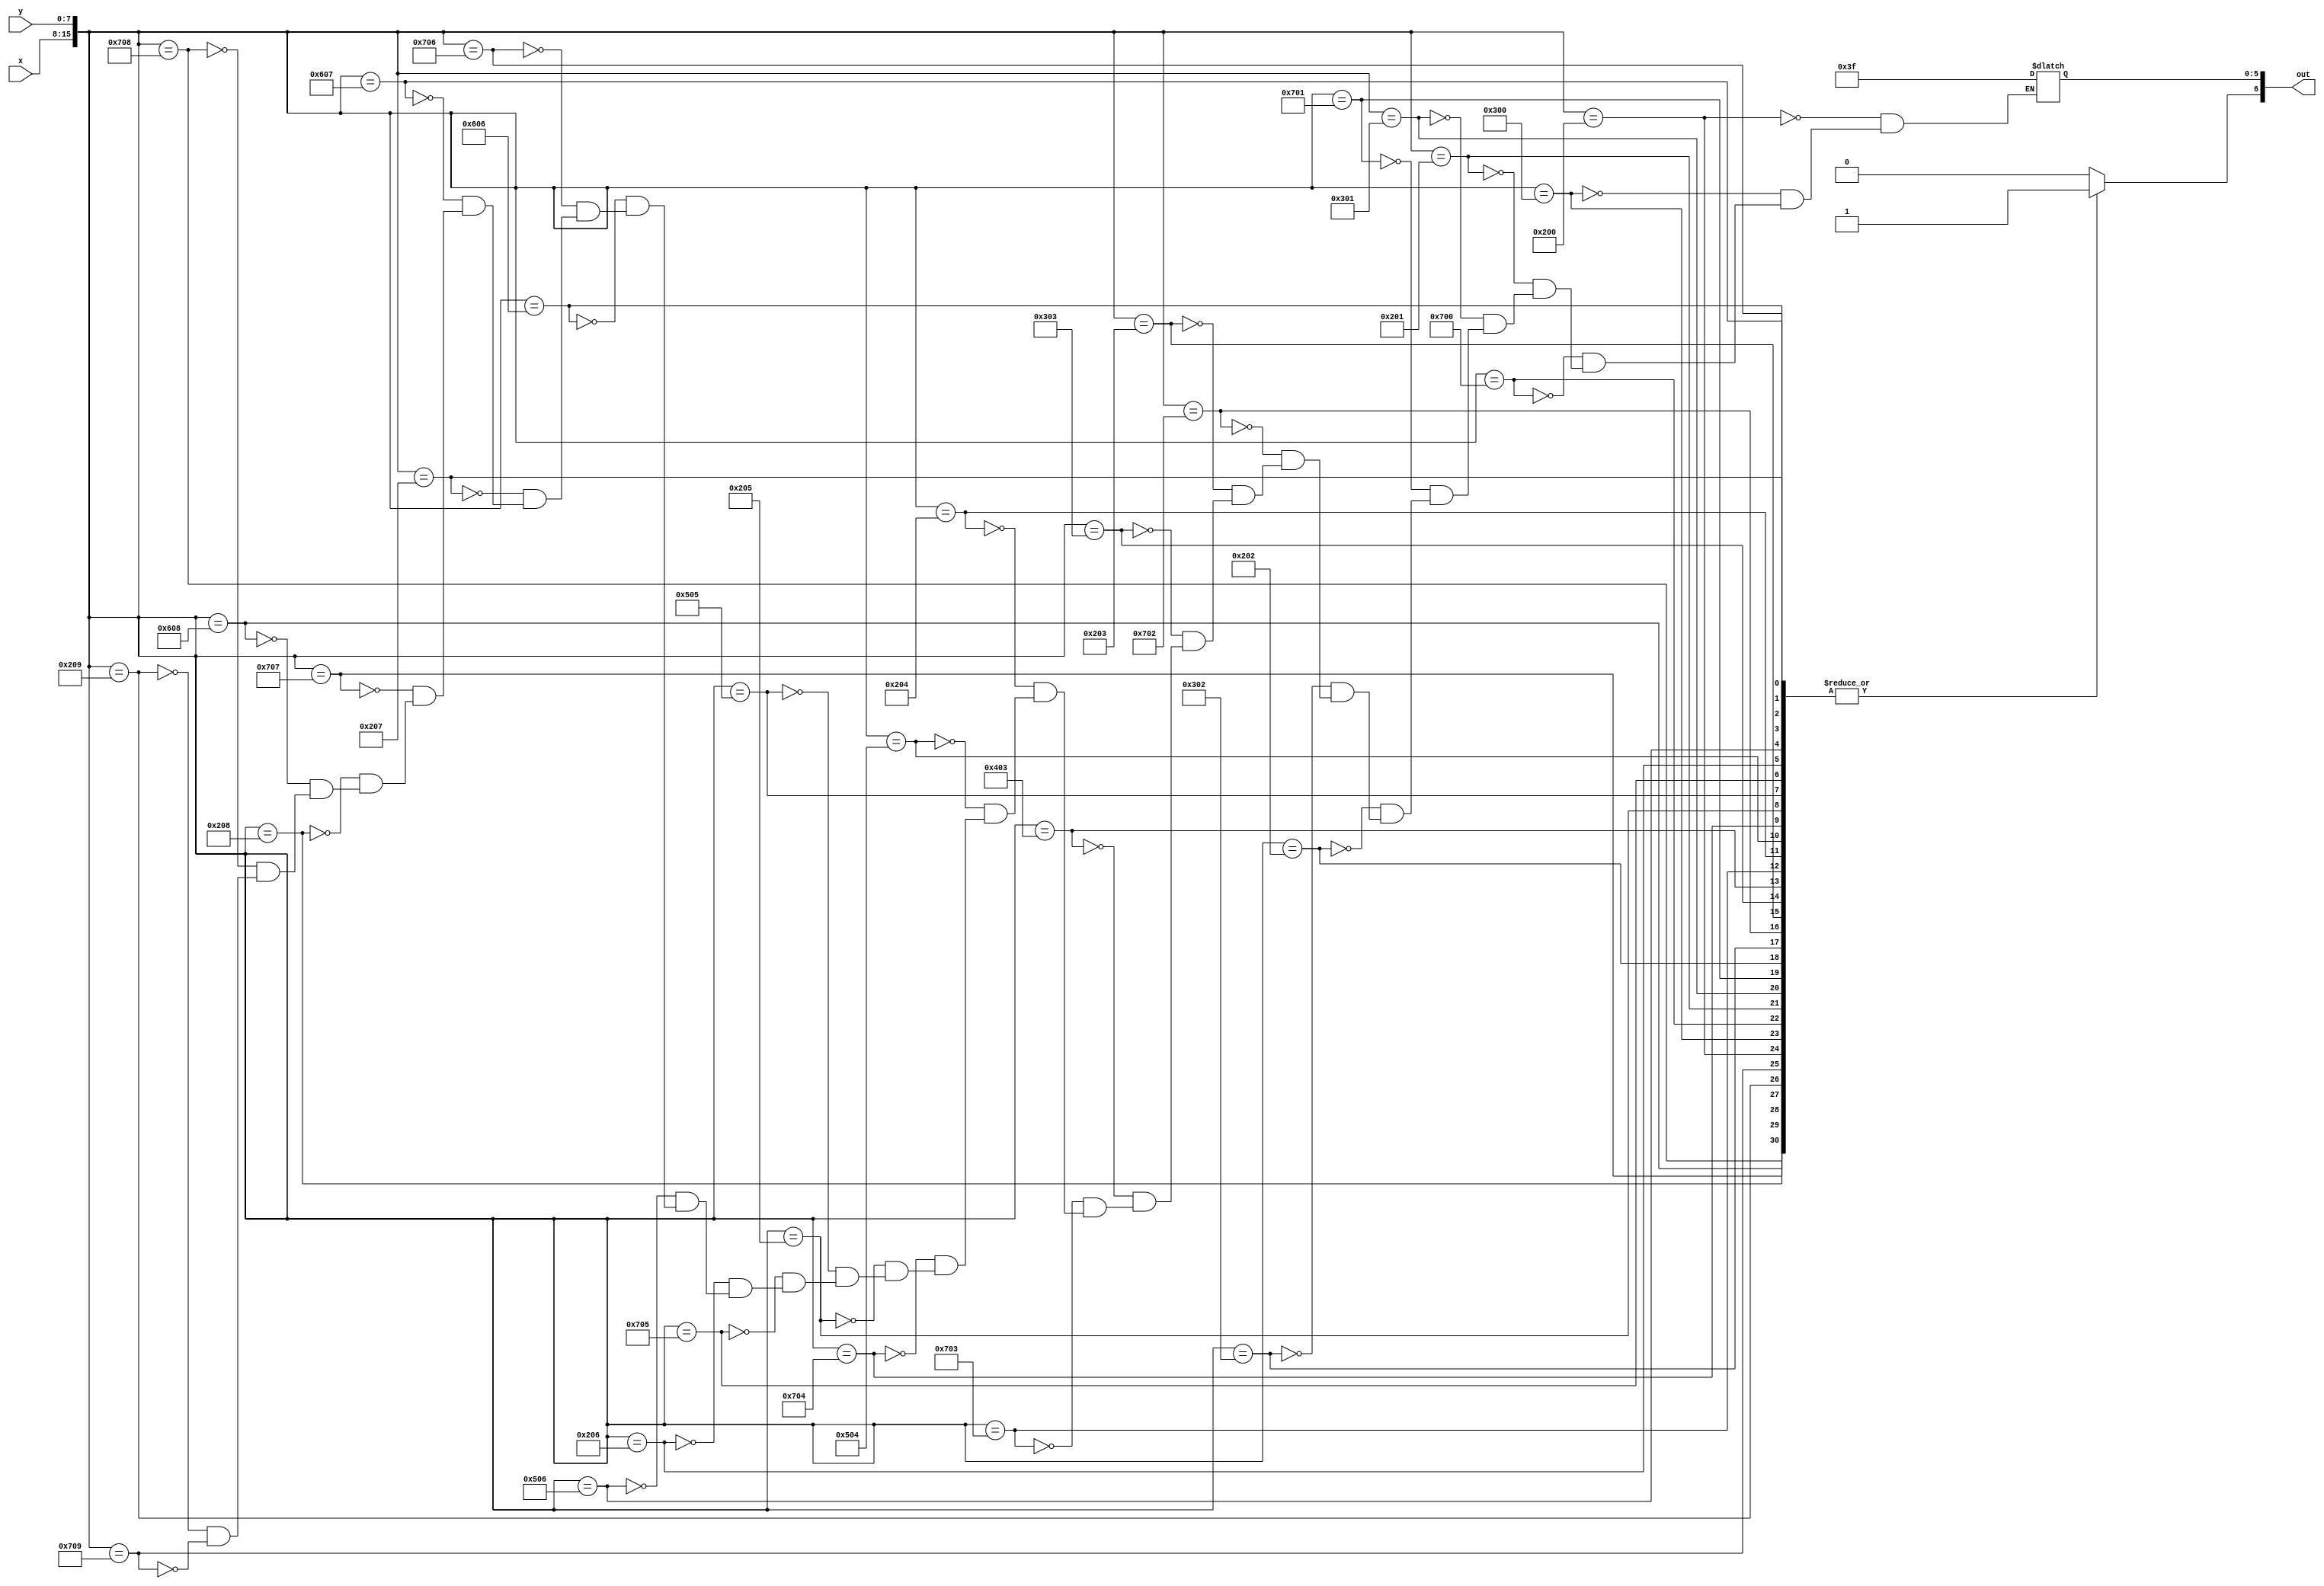
module char_n_lut(x, y, out);
	input [7:0] x;
	input [7:0] y;
	output reg [6:0] out;

	always@(*)
	begin
		out[6] <= 1'b1;
		case({x, y})
			16'h0200: out[5:0] <= 6'b111111;
			16'h0300: out[5:0] <= 6'b111111;
			16'h0700: out[5:0] <= 6'b111111;
			
			16'h0201: out[5:0] <= 6'b111111;
			16'h0301: out[5:0] <= 6'b111111;
			16'h0701: out[5:0] <= 6'b111111;
			
			16'h0202: out[5:0] <= 6'b111111;
			16'h0302: out[5:0] <= 6'b111111;
			16'h0702: out[5:0] <= 6'b111111;
			
			16'h0203: out[5:0] <= 6'b111111;
			16'h0303: out[5:0] <= 6'b111111;
			16'h0403: out[5:0] <= 6'b111111;
			16'h0703: out[5:0] <= 6'b111111;
			
			16'h0204: out[5:0] <= 6'b111111;
			16'h0504: out[5:0] <= 6'b111111;
			16'h0704: out[5:0] <= 6'b111111;
			
			16'h0205: out[5:0] <= 6'b111111;
			16'h0505: out[5:0] <= 6'b111111;
			16'h0705: out[5:0] <= 6'b111111;
			
			16'h0206: out[5:0] <= 6'b111111;
			16'h0506: out[5:0] <= 6'b111111;
			16'h0606: out[5:0] <= 6'b111111;
			16'h0706: out[5:0] <= 6'b111111;
			
			16'h0207: out[5:0] <= 6'b111111;
			16'h0607: out[5:0] <= 6'b111111;
			16'h0707: out[5:0] <= 6'b111111;
			
			16'h0208: out[5:0] <= 6'b111111;
			16'h0608: out[5:0] <= 6'b111111;
			16'h0708: out[5:0] <= 6'b111111;
			
			16'h0209: out[5:0] <= 6'b111111;
			16'h0709: out[5:0] <= 6'b111111;
			default: out[6] <= 1'b0;
		endcase
	end
endmodule
module char_n(x, y, flush_x, flush_y, colour, enable);
	input [7:0] x;
	input [7:0] y;
	input [7:0] flush_x;
	input [7:0] flush_y;
	
	output [5:0] colour;
	output enable;
	
	wire [6:0] lut_out;
	
	char_n_lut(flush_x - x, flush_y - y, lut_out);
	
	assign colour = lut_out[5:0];
	assign enable = lut_out[6];
endmodule